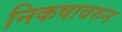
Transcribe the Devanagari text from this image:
निकषावरुन